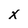
Character: x